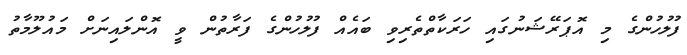
ފުލުހުންގެ މި އޮޕަރޭޝަނުގައި ހަރަކާތްތެރިވި ބައެއް ފުލުހުންގެ ފަރާތުން ވީ އޮންލައިނަށް މައުލޫމާތު